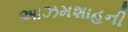
આઝમશાહની